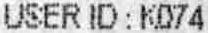
USER ID : K074